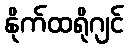
နိုက်ထရိုဂျင်